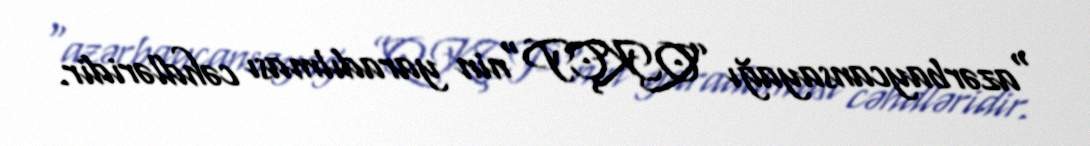
“azərbaycansayağı ”QKÇP"nin yaradılması cəhdləridir.